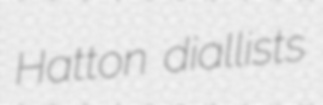
Hatton diallists